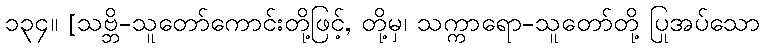
၁၃၄။ [သဗ္ဘိ-သူတော်ကောင်းတို့ဖြင့်, တို့မှ၊ သက္ကာရော-သူတော်တို့ ပြုအပ်သော